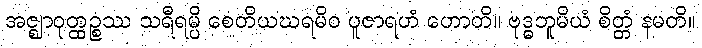
အဇ္ဈာဝုတ္ထဉ္စဿ သရီရမ္ပိ စေတိယဃရမိဝ ပူဇာရဟံ ဟောတိ။ ဗုဒ္ဓဘူမိယံ စိတ္တံ နမတိ။